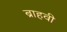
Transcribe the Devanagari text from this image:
ब्राहवी